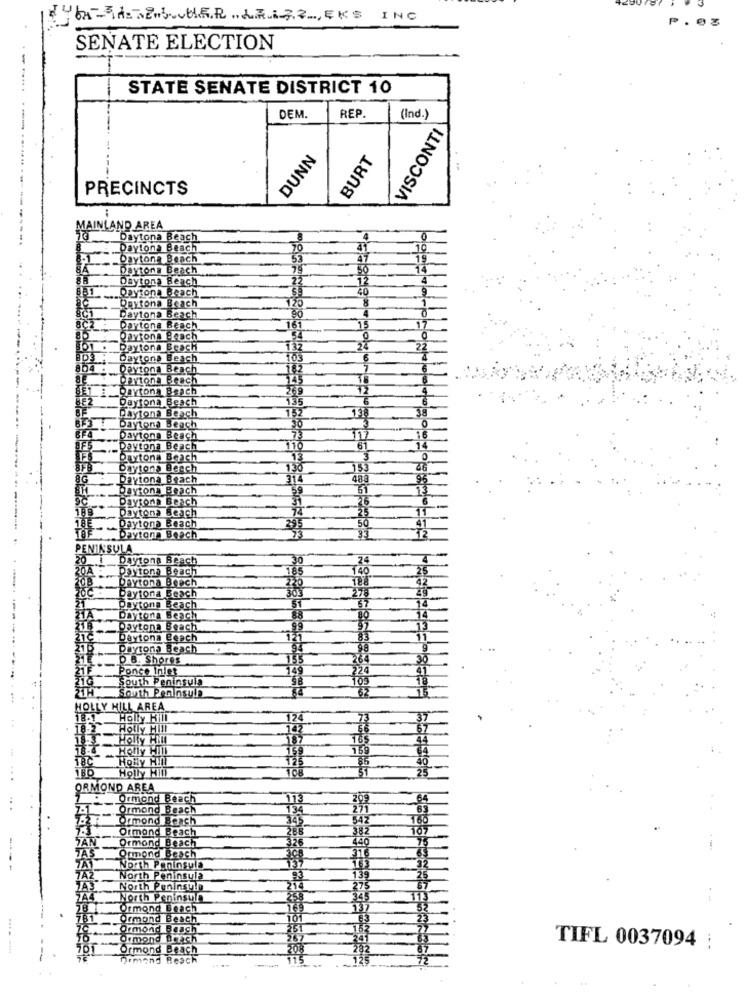
64-3HETES.HER .LAIZ2 ., EKS INC
P
SENATE ELECTION
STATE SENATE DISTRICT 10
DEM.
REP.
(Ind.)
VISCONTI
BURT
DUNN
--------....
PRECINCTS
INLAND AREA
Daytona Beach
Daytona Beach
Daytona Beach
Daytona Beach
Daytona Beach
Daytona Beach
Daytona Beach
Daytona Beach
Daytona Beach
Paytona Beach
Daytona Beach
Daytona Beach
Daytona Beach
Daytona Beach
Daytona Beach
Daytona Beach
Daytona Beach
Daytona Beach
Daytona Beach
Daytona Beach
Daytona Beach
Daytona Beach
Daytona Beach
Daytona Beach
Daytona Beach
Daytona Beach
BE
Daytona Beach
. Daytona Beach
PENINSULA
Daytona Beach
3.0
24
Daytona Beach
Daytona Beach
Daytona Beach
Daytona Beach
Daytona Beach
Daytona Beach
Daytona Beach
Daytona Beach
D.B. Shores
Ponce Inlet
South Peninsula
South Peninsula
HOLLY HILL AREA
18.1
Holly Hill
18.2
Holly Hill
18-3 Holly Hill
Holly Hill
18C
HOWy HIN
Holly Hill
ORMOND AREA
Ormond Beach
Ormond Beach
Ormond Beach
Ormond Beach
Ormond Beach
Ormond Beach
North Peninsula
North Peninsula
North Peninsula
North Peninsula
Ormond Beach
Ormond Beach
Ormond Beach
Ormond Beach
Ormond Beach
TIFL 0037094 ;
Demond Beach